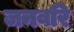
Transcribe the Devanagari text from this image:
जनवरि